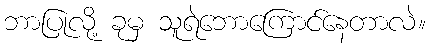
ဘာပြုလို့ ခုမှ သူရဲဘောကြောင်နေတာလဲ။